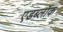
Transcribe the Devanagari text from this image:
एडब्लॉक